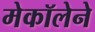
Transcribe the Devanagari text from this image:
मेकॉलेने